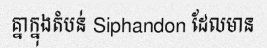
គ្នាក្នុងតំបន់ Siphandon ដែលមាន